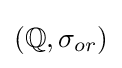
(\mathbb {Q} ,\sigma _{or})